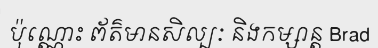
ប៉ុណ្ណោះ ព័ត៌មានសិល្បៈ និងកម្សាន្ត Brad